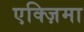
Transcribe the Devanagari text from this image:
एक्ज़िमा